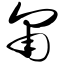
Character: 匍